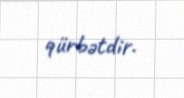
qürbətdir.